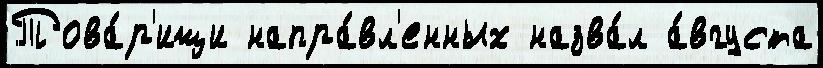
Това́р'ищи напра́вл'енных назва́л а́вгуста